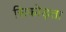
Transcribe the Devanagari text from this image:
सिकोड़ता